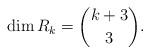
LaTeX: \begin{align*}\dim R_k=\binom{k+3}{3}.\end{align*}